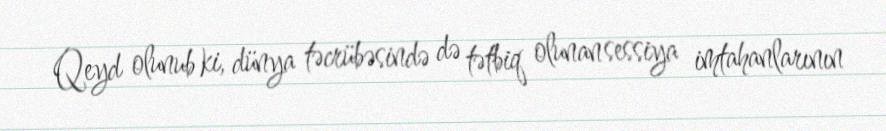
Qeyd olunub ki, dünya təcrübəsində də tətbiq olunan sessiya imtahanlarının